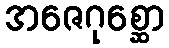
အဇေဂုစ္ဆော